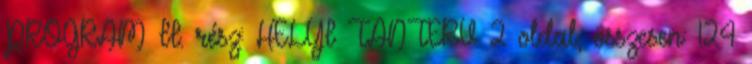
PROGRAM II. rész: HELYI TANTERV 2 oldal, összesen: 124